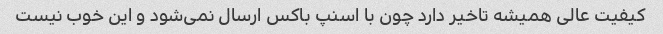
کیفیت عالی همیشه تاخیر دارد چون با اسنپ باکس ارسال نمی‌شود و این خوب نیست